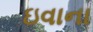
ઇવાના